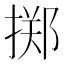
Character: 掷